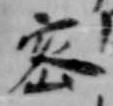
密